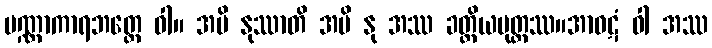
ပဏ္ဏာကာရဘတ္တေ ဝါ။ အပိ နုဿာတိ အပိ နု အဿ ခတ္တိယပုတ္တဿ။အာဝဋံ ဝါ အဿ